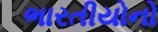
ભારતીયોનો